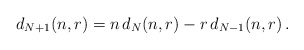
\begin{align*} d_{N+1}(n,r) = n \, d_{N}(n,r) - r \, d_{N-1}(n,r) \,.\end{align*}